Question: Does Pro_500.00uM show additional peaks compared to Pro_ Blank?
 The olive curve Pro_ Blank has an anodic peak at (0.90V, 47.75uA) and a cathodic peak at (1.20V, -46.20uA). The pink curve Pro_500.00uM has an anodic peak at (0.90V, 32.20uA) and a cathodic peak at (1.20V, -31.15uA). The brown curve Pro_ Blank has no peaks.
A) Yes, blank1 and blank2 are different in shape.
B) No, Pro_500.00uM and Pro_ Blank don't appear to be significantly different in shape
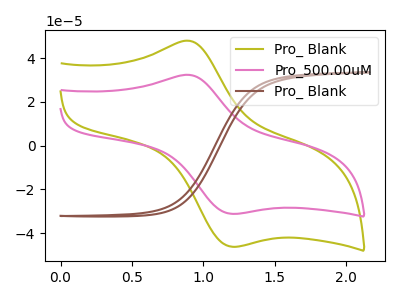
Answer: <think>All the peaks in "Pro_500.00uM" have a peak in "Pro_ Blank" at the same potential. Every peak in "Pro_500.00uM" is lower than every peak in "Pro_ Blank".
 </think>
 <answer>B) No, "Pro_500.00uM" and "Pro_ Blank" don't appear to be significantly different in shape</answer>
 <eval>B</eval>